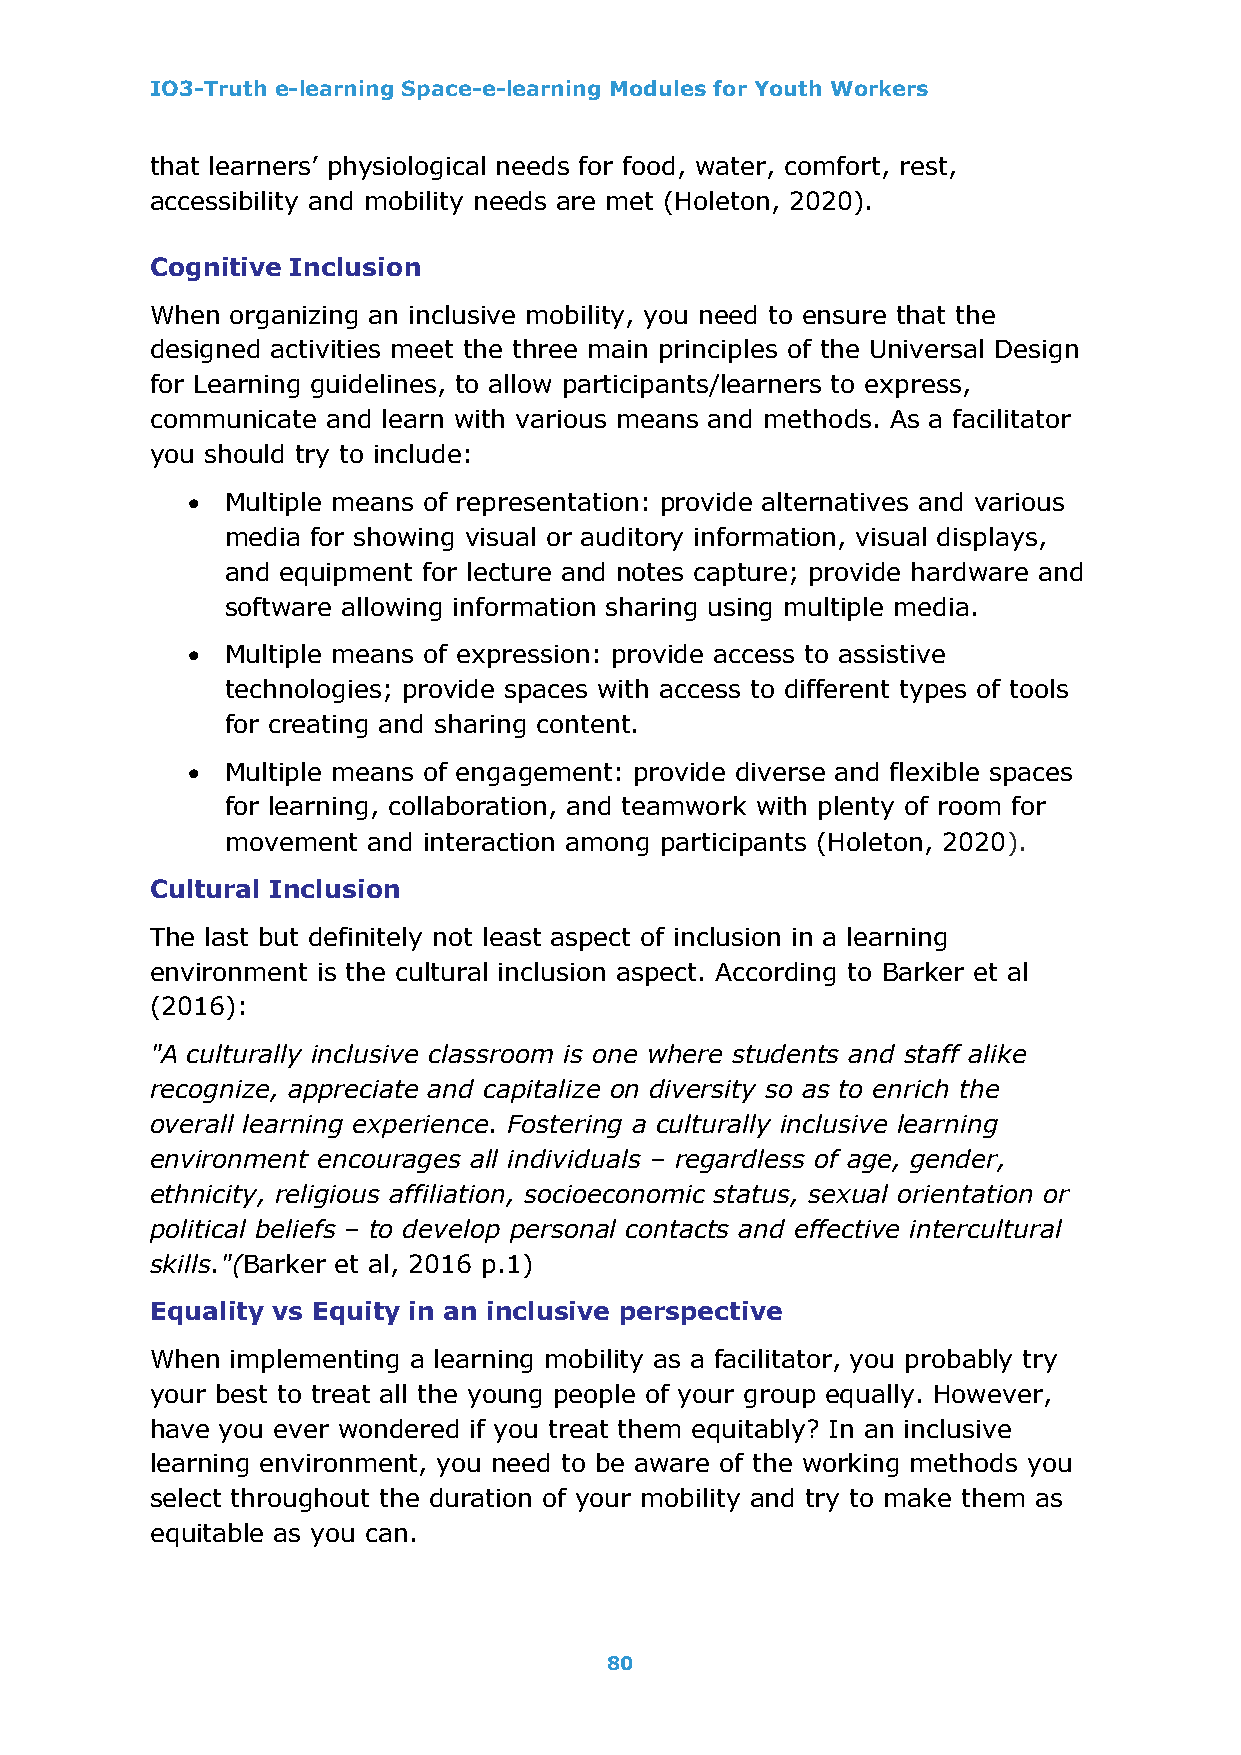
IO3-Truth e-learning Space-e-learning Modules for Youth Workers
 that learners’ physiological needs for food, water, comfort, rest,
 accessibility and mobility needs are met (Holeton, 2020).
 Cognitive Inclusion
 When organizing an inclusive mobility, you need to ensure that the
 designed activities meet the three main principles of the Universal Design
 for Learning guidelines, to allow participants/learners to express,
 communicate and learn with various means and methods. As a facilitator
 you should try to include:
 •  Multiple means of representation: provide alternatives and various
 media for showing visual or auditory information, visual displays,
 and equipment for lecture and notes capture; provide hardware and
 software allowing information sharing using multiple media.
 •  Multiple means of expression: provide access to assistive
 technologies; provide spaces with access to different types of tools
 for creating and sharing content.
 •  Multiple means of engagement: provide diverse and flexible spaces
 for learning, collaboration, and teamwork with plenty of room for
 movement and interaction among participants (Holeton, 2020).
 Cultural Inclusion
 The last but definitely not least aspect of inclusion in a learning
 environment is the cultural inclusion aspect. According to Barker et al
 (2016):
 "A culturally inclusive classroom is one where students and staff alike
 recognize, appreciate and capitalize on diversity so as to enrich the
 overall learning experience. Fostering a culturally inclusive learning
 environment encourages all individuals – regardless of age, gender,
 ethnicity, religious affiliation, socioeconomic status, sexual orientation or
 political beliefs – to develop personal contacts and effective intercultural
 skills."(Barker et al, 2016 p.1)
 Equality vs Equity in an inclusive perspective
 When implementing a learning mobility as a facilitator, you probably try
 your best to treat all the young people of your group equally. However,
 have you ever wondered if you treat them equitably? In an inclusive
 learning environment, you need to be aware of the working methods you
 select throughout the duration of your mobility and try to make them as
 equitable as you can.
 80